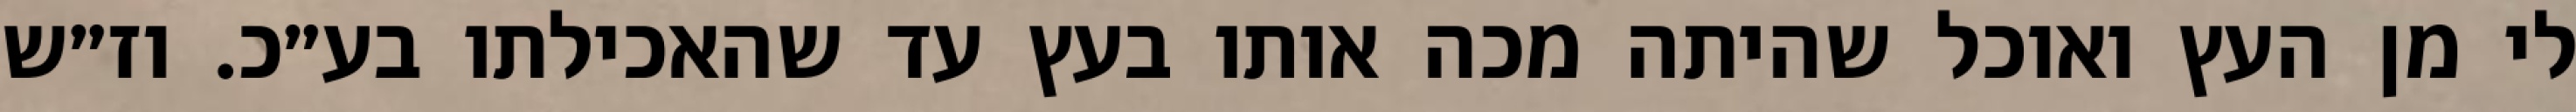
לי מן העץ ואוכל שהיתה מכה אותו בעץ עד שהאכילתו בע״כ. וז״ש